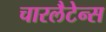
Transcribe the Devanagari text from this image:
चारलैटेन्स